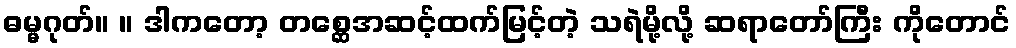
ဓမ္မဂုတ်။ ။ ဒါကတော့ တစ္ဆေအဆင့်ထက်မြင့်တဲ့ သရဲမို့လို့ ဆရာတော်ကြီး ကိုတောင်